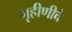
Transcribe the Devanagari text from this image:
गृहीणीचे